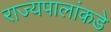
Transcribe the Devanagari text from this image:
राज्यपालांकडे